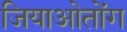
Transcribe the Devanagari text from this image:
जियाओतोंग